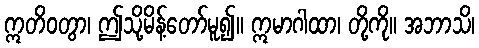
ဣတိဝတွာ၊ ဤသို့မိန့်တော်မူ၍။ ဣမာဂါထာ၊ တို့ကို။ အဘာသိ၊